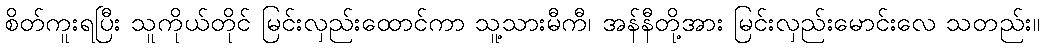
စိတ်ကူးရပြီး သူကိုယ်တိုင် မြင်းလှည်းထောင်ကာ သူ့သားမီကီ၊ အန်နီတို့အား မြင်းလှည်းမောင်းလေ သတည်း။